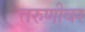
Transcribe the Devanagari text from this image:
तरुणीवर